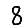
Digit: 8